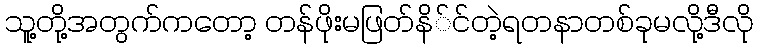
သူ့တို့အတွက်ကတော့ တန်ဖိုးမဖြတ်နိ်င်တဲ့ရတနာတစ်ခုမလို့ဒီလို